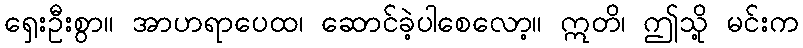
ရှေးဦးစွာ။ အာဟရာပေထ၊ ဆောင်ခဲ့ပါစေလော့။ ဣတိ၊ ဤသို့ မင်းက